Vaccination returns of the Province of Eastern Bengal and Assam - 1905-1912
Year: 1905
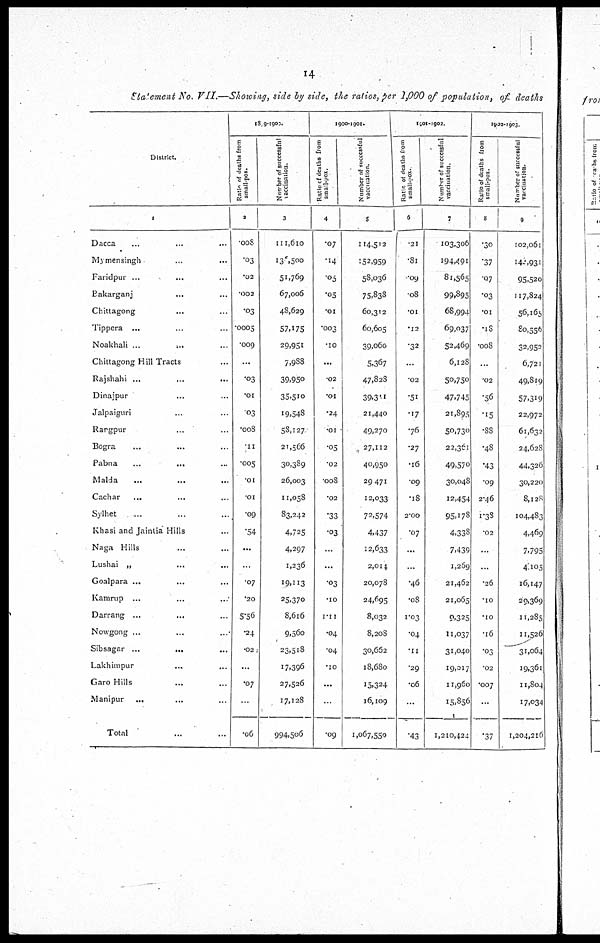
14
Statement No. VII.—Showing, side by side, the ratios, per 1,000 of population, of deaths
District.
1
Dacca ... ... ...
Mymensingh ... ...
Faridpur ... ... ...
Bakarganj ... ...
Chittagong ... ... ...
Tippera ... ... ...
Noakhali ...
... ...
Chittagong Hill Tracts ...
Rajshahi ...
...
...
Dinajpur ... ...
Jalpaiguri ... ...
Rangpur ... ...
Bogra ... ... ...
Pabna
...
... ...
Malda ... ... ...
Cachar
... ... ...
Sylhet
... ... ...
Khasi and Jaintia Hills ...
Naga Hills ... ... ...
Lushai „ ... ...
Goalpara ...
... ...
Kamrup ... ... ...
Darrang ... ... ...
Nowgong ... ... ...
Sibsagar ...
... ...
Lakhimpur ... ...
Garo Hills ... ...
Manipur
... ... ...
Total ... ...
1899-1900.
Ratio of deaths from
small-pox.
2
.008
.03
.02
.002
.03
.0005
.009
...
.03
.01
.03
.008
.11
.005
.01
.01
.09
.54
...
...
.07
.20
5.56
.24
.02
...
.07
...
.06
Number
of successful
vaccination.
3
111,610
136,500
51,769
67,006
48,629
57,175
29,951
7,988
39,950
35,510
19,548
58,127
21,566
30,389
26,003
11,058
83,242
4,725
4,297
1,236
19,113
25,370
8,616
9,560
23,518
17,396
27,526
17,128
994,506
1900-1901.
Ratio of deaths from
small-pox.
4
.07
.14
.05
.05
.01
.003
.10
...
.02
.01
.24
.01
.05
.02
.008
.02
.33
.03
...
...
.03
.10
1.11
.04
.04
.10
...
...
.09
Number of successful
vaccination.
5
114,512
152,959
58,036
75,838
60,312
60,605
39,060
5,367
47,828
39,311
21,440
49,270
27,112
40,950
29,471
12,033
72,574
4,437
12,633
2,014
20,078
24,695
8,032
8,208
30,662
18,680
15,324
16,109
1,067,550
1901-1902.
R atio of deaths from
small-pox.
6
.21
.8l
.09
08
.01
.12
.32
...
.02
.51
.17
.76
.27
.16
.09
.18
2.00
.07
...
...
.46
.08
1.03
.04
.11
.29
.06
...
.43
Number of successful
vaccination.
7
103,306
194,491
81,565
99,895
68,994
69,037
52,469
6,128
50,750
47,745
21,895
50,730
22,361
49,570
30,048
12,454
95,178
4,338
7,439
1,259
21,462
21,065
9,325
11,037
31,040
19,017
11,960
15,856
1,210,424
1902-1903.
Ratio of deaths from
small-pox.
8
.30
.37
.07
.03
.01
.18
.008
...
.02
.56
.15
.88
.48
.43
.09
2.46
1.38
.02
...
...
.26
.10
.10
.16
.03
.02
.007
...
.37
Number of successful
vaccination.
9
102,06l
144,931
95,520
117,824
56,165
80,556
32,952
6,721
49,819
57,319
22,972
61,632
24,628
44,326
30,220
8,128
104,483
4,469
7,795
4,105
16,147
29,369
11,285
11,526
31,064
19,361
11,804
17,034
1,204,216